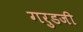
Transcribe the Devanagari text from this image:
गरुडजी